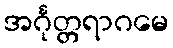
အင်္ဂုတ္တရာဂမေ